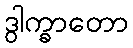
ဒွါက္ခာတော